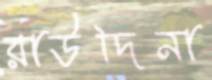
রাউদিনা